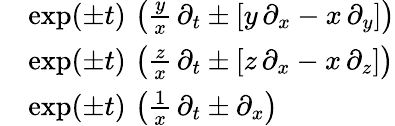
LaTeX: {\begin{array}{rl}&{\exp(\pm t)\, \left({\frac{y}{x}}\, \partial_{t}\pm\left[y\, \partial_{x}-x\, \partial_{y}\right]\right)}\\ &{\exp(\pm t)\, \left({\frac{z}{x}}\, \partial_{t}\pm\left[z\, \partial_{x}-x\, \partial_{z}\right]\right)}\\ &{\exp(\pm t)\, \left({\frac{1}{x}}\, \partial_{t}\pm\partial_{x}\right)}\end{array}}